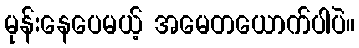
မုန်းနေပေမယ့် အမေတယောက်ပါပဲ။